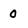
Character: O